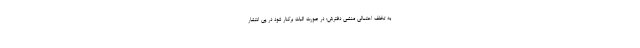
به تخلف احتمالی منشی دفترش: در صورت اثبات برکنار شود در پی انتشار